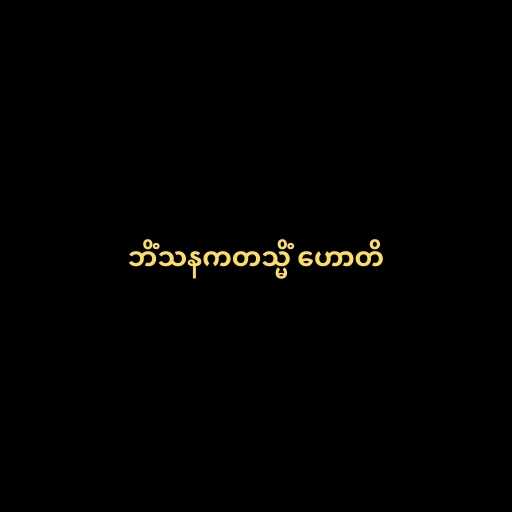
ဘိံသနကတသ္မိံ ဟောတိ